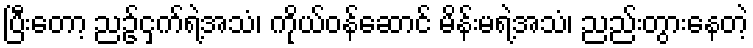
ပြီးတော့ ညဥ့်ငှက်ရဲ့အသံ၊ ကိုယ်ဝန်ဆောင် မိန်းမရဲ့အသံ၊ ညည်းတွားနေတဲ့